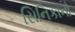
સિનિકાનો